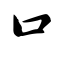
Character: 口